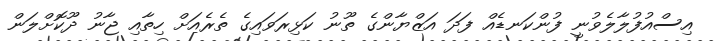
އިސްއުފުލާލެވުނީ ފުންކަނޑެއް ފަދަ އަޒްޔާންގެ ތޫނު ކަޅިރަވައިގެ ތެރެއަށް ހިތާއި ޖާނު ދޫކޮށްލަން